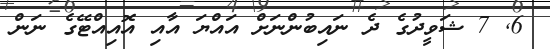
6